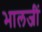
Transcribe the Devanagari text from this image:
भालजीं